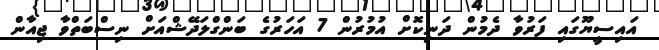
އައިސީޔޫގައި ފަރުވާ ދެމުން ދަނިކޮށް އުމުރުން 7 އަހަރުގެ ބަންގްލަދޭޝްއަށް ނިސްބަތްވާ ޖިއާން